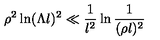
\rho ^ { 2 } \ln ( \Lambda l ) ^ { 2 } \ll \frac { 1 } { l ^ { 2 } } \ln \frac { 1 } { ( \rho l ) ^ { 2 } }